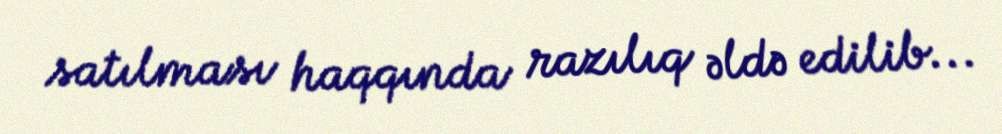
satılması haqqında razılıq əldə edilib...